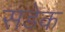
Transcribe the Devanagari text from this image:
सडेक